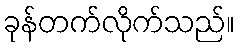
ခုန်တက်လိုက်သည်။